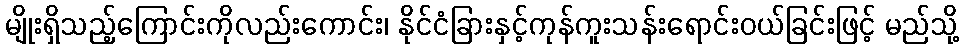
မျိုးရှိသည့်ကြောင်းကိုလည်းကောင်း၊ နိုင်ငံခြားနှင့်ကုန်ကူးသန်းရောင်းဝယ်ခြင်းဖြင့် မည်သို့